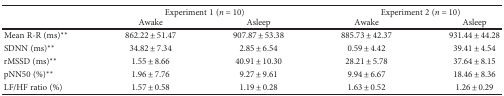
| <ROWSPAN=2>  | <COLSPAN=2> Experiment 1 (n = 10) | <COLSPAN=2> Experiment 2 (n = 10) |
 | Awake | Asleep | Awake | Asleep |
 | --- | --- | --- | --- | --- |
 | Mean R-R (ms)∗∗ | 862.22 ± 51.47 | 907.87 ± 53.38 | 885.73 ± 42.37 | 931.44 ± 44.28 |
 | SDNN (ms)∗∗ | 34.82 ± 7.34 | 2.85 ± 6.54 | 0.59 ± 4.42 | 39.41 ± 4.54 |
 | rMSSD (ms)∗∗ | 1.55 ± 8.66 | 40.91 ± 10.30 | 28.21 ± 5.78 | 37.64 ± 8.15 |
 | pNN50 (%)∗∗ | 1.96 ± 7.76 | 9.27 ± 9.61 | 9.94 ± 6.67 | 18.46 ± 8.36 |
 | LF/HF ratio (%) | 1.57 ± 0.58 | 1.19 ± 0.28 | 1.63 ± 0.52 | 1.26 ± 0.29 |